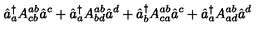
\hat { a } _ { a } ^ { \dagger } A _ { c b } ^ { a b } \hat { a } ^ { c } + \hat { a } _ { a } ^ { \dagger } A _ { b d } ^ { a b } \hat { a } ^ { d } + \hat { a } _ { b } ^ { \dagger } A _ { c a } ^ { a b } \hat { a } ^ { c } + \hat { a } _ { a } ^ { \dagger } A _ { a d } ^ { a b } \hat { a } ^ { d }